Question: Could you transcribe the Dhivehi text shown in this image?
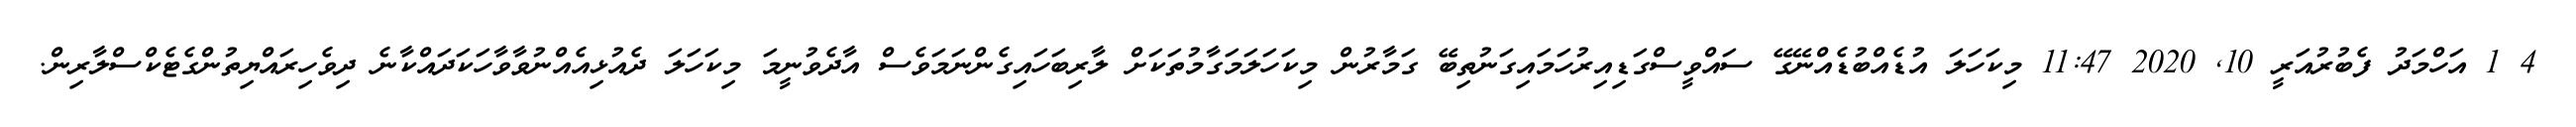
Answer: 4 1 އަހްމަދު ފެބުރުއަރީ 10, 2020 11:47 މިކަހަލަ އުޑެއްބުޑެއްނޭގޭ ސައްވީސްގަޑިއިރުހަމައިގަނުތިބޭ ގަމާރުން މިކަހަލަމަގާމުތަކަށް ލާރިބަހައިގެންނަމަވެސް އާދެވުނީމަ މިކަހަލަ ދެއުޅިއެއްނުވާވާހަކަދައްކާނެ ދިވެހިރައްޔިތުންގެޓެކްސްލާރިން.